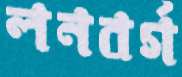
লনবর্গ